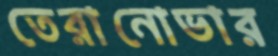
তেরানোভার